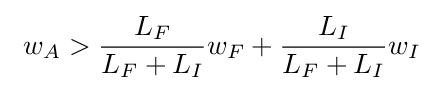
\ w_{A}>{\frac {L_{F}}{L_{F}+L_{I}}}w_{F}+{\frac {L_{I}}{{L_{F}}+{L_{I}}}}w_{I}